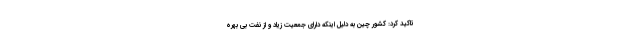
تاکید کرد: کشور چین به دلیل اینکه دارای جمعیت زیاد و از نفت بی بهره